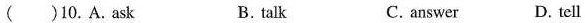
( )10.A.ask B. talk C. answer D. tell